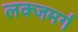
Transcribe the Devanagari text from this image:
लक्जमर्ग